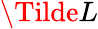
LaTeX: \Tilde{L}